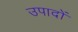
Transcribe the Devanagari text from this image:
उपादों